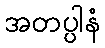
အတပ္ပါနံ